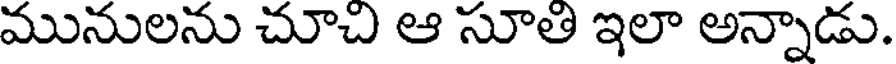
మునులను చూచి ఆ సూతి ఇలా అన్నాడు.